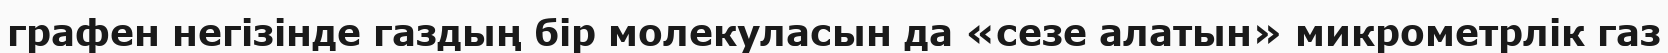
графен негізінде газдың бір молекуласын да «сезе алатын» микрометрлік газ